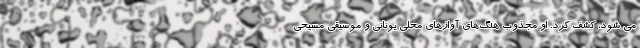
می شود، کشف کرد. او مجذوب هنگ‌های آوازهای محلی یونانی و موسیقی مسیحی